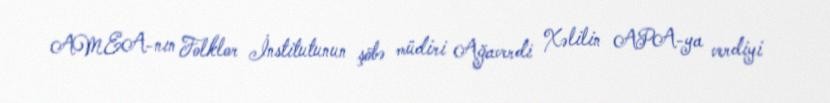
AMEA-nın Folklor İnstitutunun şöbə müdiri Ağaverdi Xəlilin APA-ya verdiyi